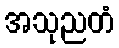
အသုညတံ